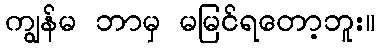
ကျွန်မ ဘာမှ မမြင်ရတော့ဘူး။